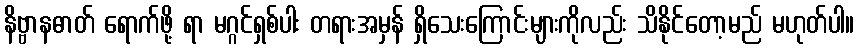
နိဗ္ဗာနဓာတ် ရောက်ဖို့ ရာ မဂ္ဂင်ရှစ်ပါး တရားအမှန် ရှိသေးကြောင်းများကိုလည်း သိနိုင်တော့မည် မဟုတ်ပါ။